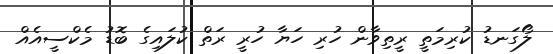
ލޯގަނޑު ކުރިމަތީ ރީތިވާން ހުރި ހަޔާ ހުރީ ރަތް ކުލައިގެ ބޮޑު މެކްސީއެއް